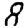
Digit: 8